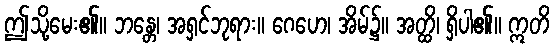
ဤသို့မေး၏။ ဘန္တေ၊ အရှင်ဘုရား။ ဂေဟေ၊ အိမ်၌။ အတ္ထိ၊ ရှိပါ၏။ ဣတိ